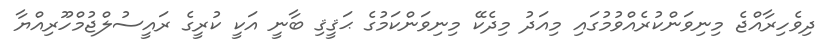
ދިވެހިރާއްޖެ މިނިވަންކުރެއްވުމުގައި މިއަދު މިދެކޭ މިނިވަންކަމުގެ ޙަޤީޤި ބާނީ އަކީ ކުރީގެ ރައީސުލްޖުމްހޫރިއްޔާ